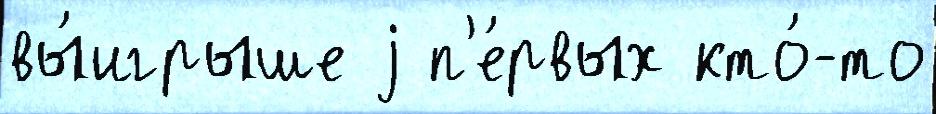
вы́игрыше j п'е́рвых кто́-то